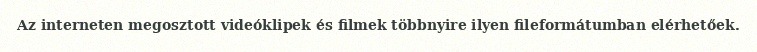
Az interneten megosztott videóklipek és filmek többnyire ilyen fileformátumban elérhetőek.